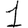
Digit: 1